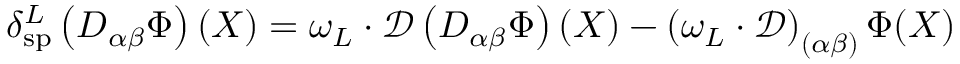
\delta _ { \mathrm { s p } } ^ { L } \left( D _ { \alpha \beta } \Phi \right) ( X ) = \omega _ { L } \cdot \mathcal { D } \left( D _ { \alpha \beta } \Phi \right) ( X ) - \left( { \omega _ { L } } \cdot \mathcal { D } \right) _ { ( \alpha \beta ) } \Phi ( X )